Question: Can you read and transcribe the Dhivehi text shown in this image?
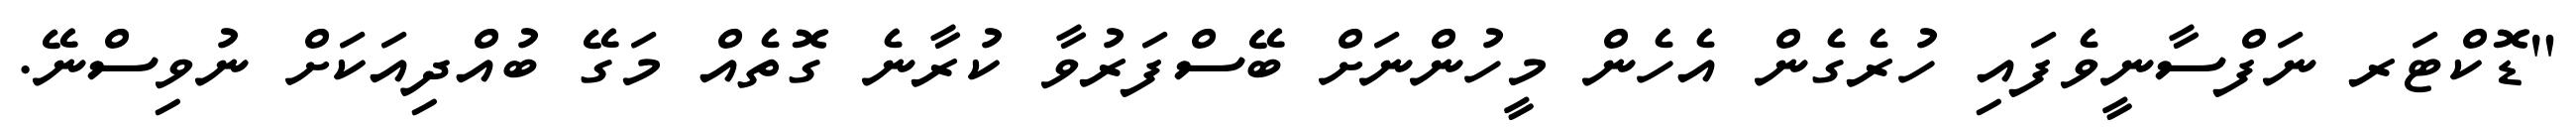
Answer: "ޑޮކްޓަރ ނަފްސާނީވެފައި ހުރެގެން އެހެން މީހުންނަށް ބޭސްފަރުވާ ކުރާނެ ގޮތެއް މަގޭ ބުއްދިއަކަށް ނުވިސްނޭ.